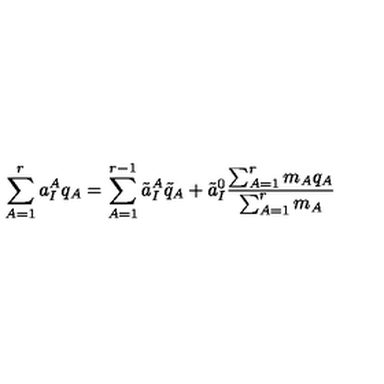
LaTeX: \sum _ { A = 1 } ^ { r } a _ { I } ^ { A } q _ { A } = \sum _ { A = 1 } ^ { r - 1 } \tilde { a } _ { I } ^ { A } \tilde { q } _ { A } + \tilde { a } _ { I } ^ { 0 } \frac { \sum _ { A = 1 } ^ { r } m _ { A } q _ { A } } { \sum _ { A = 1 } ^ { r } m _ { A } }